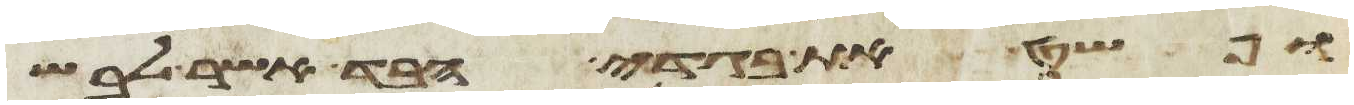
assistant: ופשט את בגדי הבד אשר לבש